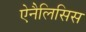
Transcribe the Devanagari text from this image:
ऐनैलिसिस